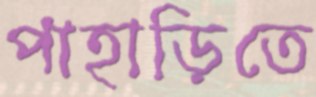
পাহাড়িতে